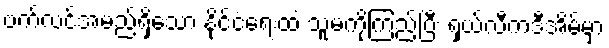
ဗက်လင်အမည်ရှိသော နိုင်ငံရေးထဲ သူမကိုကြည့်ပြီး ရှယ်လီကဒီအိမ်မှာ